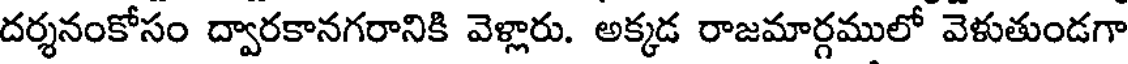
దర్శనంకోసం ద్వారకానగరానికి వెళ్లారు. అక్కడ రాజమార్గములో వెళుతుండగా